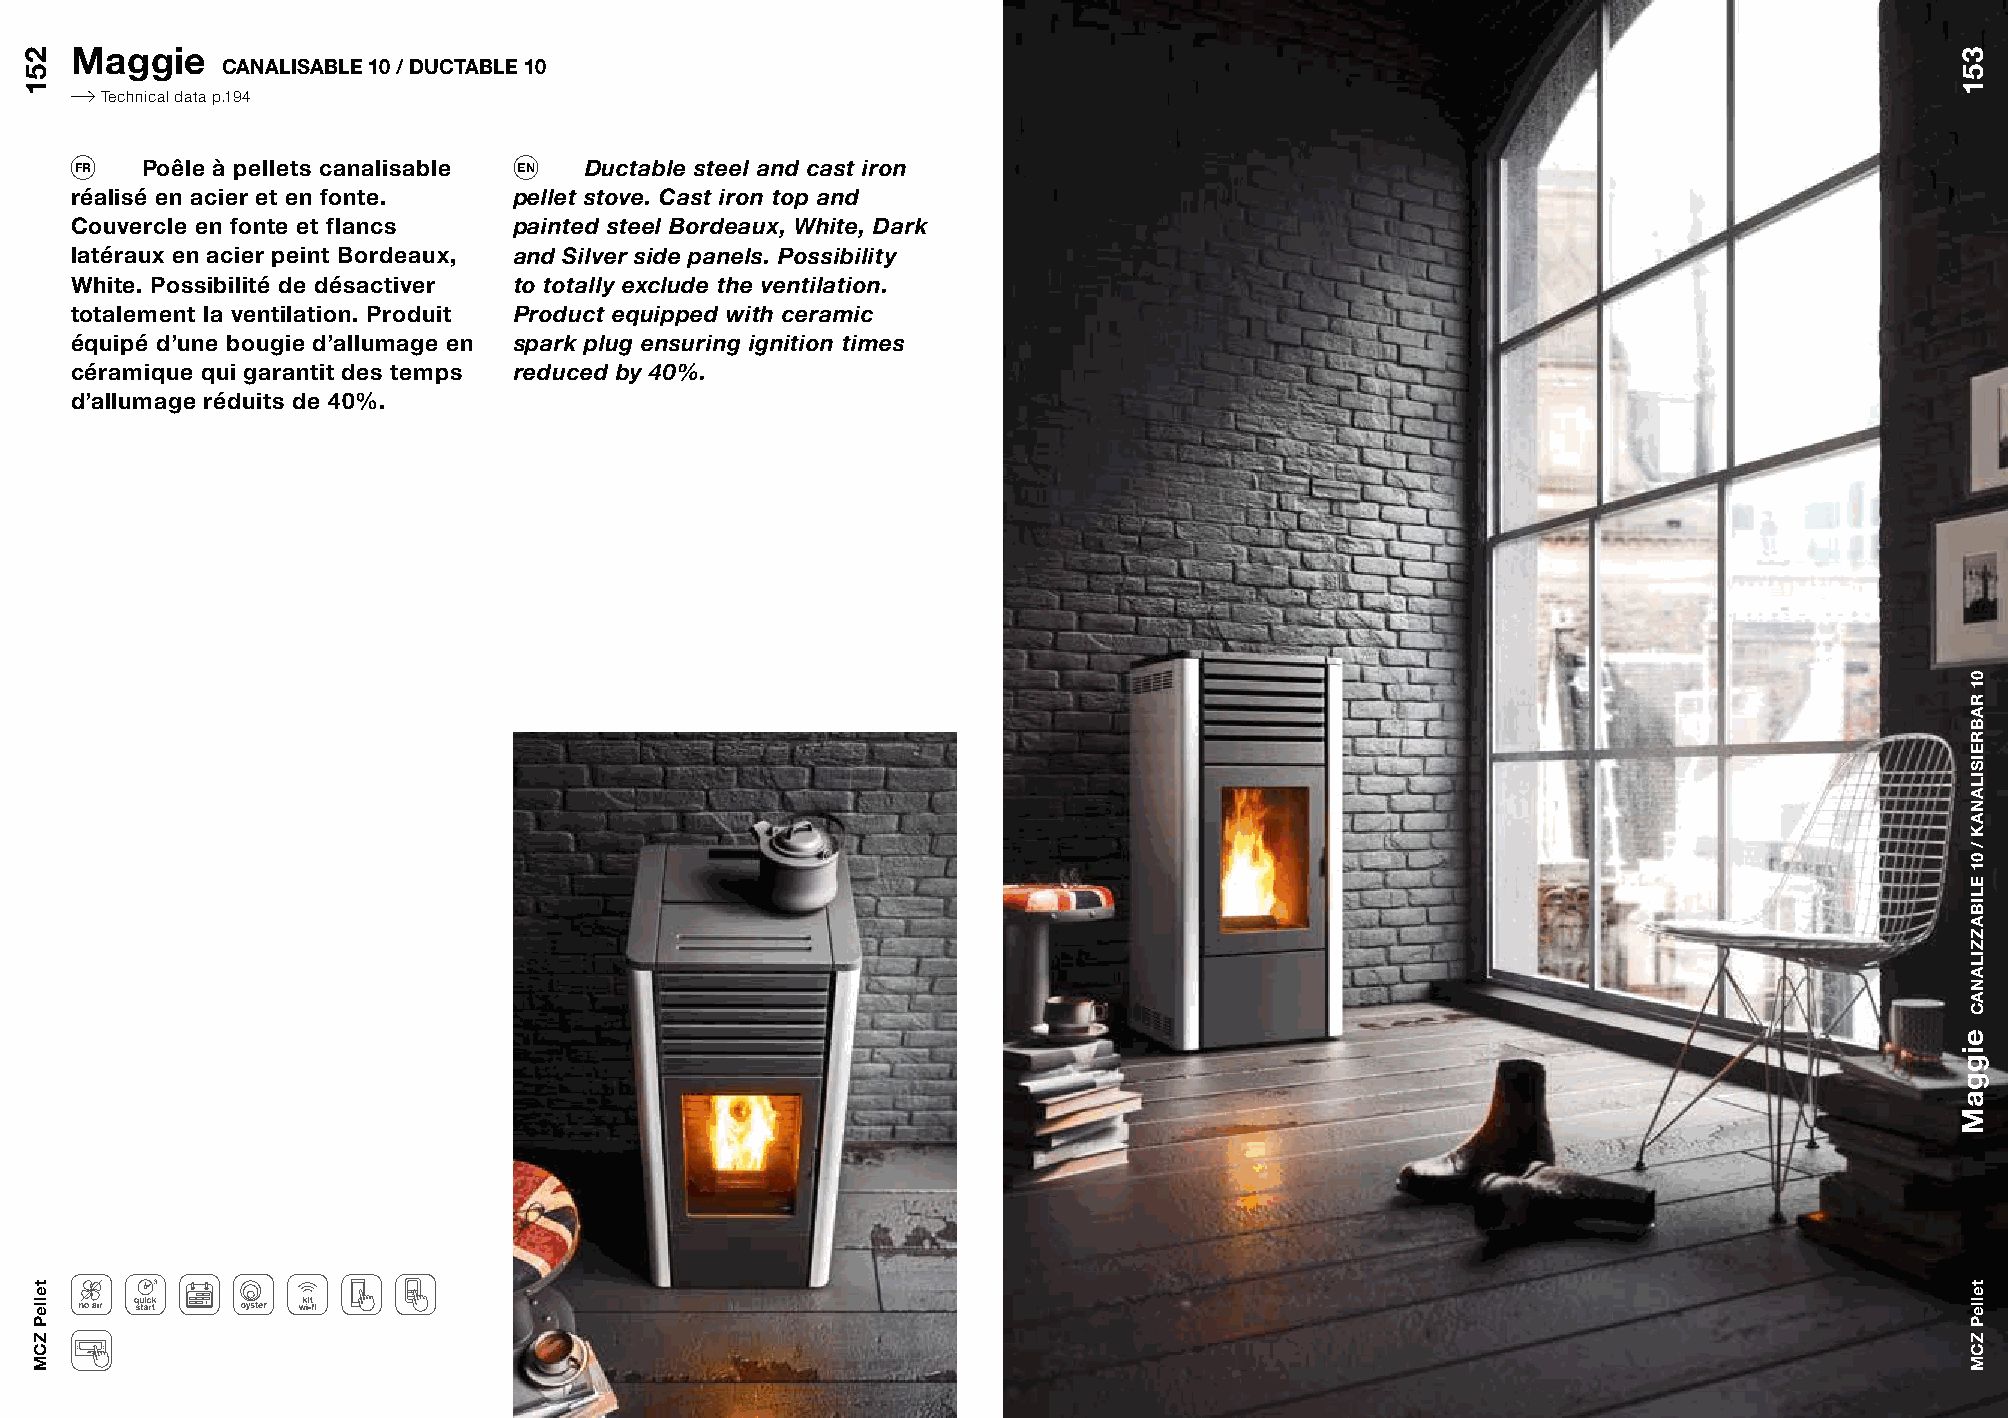
Maggie
 CANALISABLE 10 / DUCTABLE 10
 Technical data p.194
 FR  Poêle à pellets canalisable EN Ductable steel and cast iron
 réalisé en acier et en fonte. pellet stove. Cast iron top and
 Couvercle en fonte et flancs painted steel Bordeaux, White, Dark
 latéraux en acier peint Bordeaux, and Silver side panels. Possibility
 White. Possibilité de désactiver to totally exclude the ventilation.
 totalement la ventilation. Produit Product equipped with ceramic
 équipé d’une bougie d’allumage en spark plug ensuring ignition times
 céramique qui garantit des temps reduced by 40%.
 d’allumage réduits de 40%.
 251
 telleP
 ZCM
 351
 eiggaM
 01
 RABREISILANAK
 /
 01
 ELIBAZZILANAC
 telleP
 ZCM